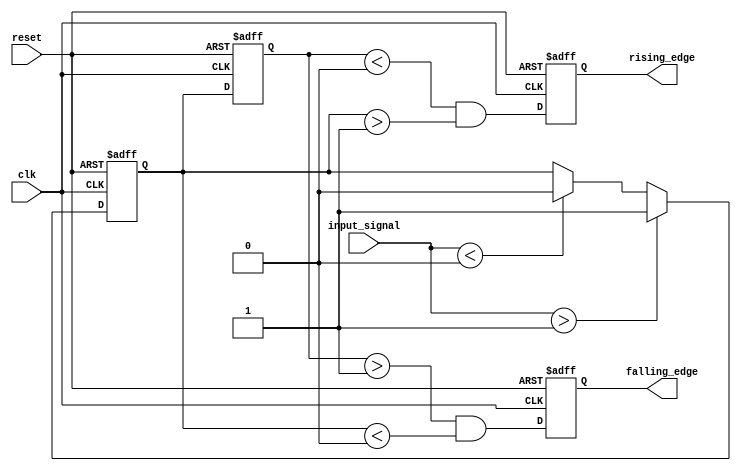
module schmitt_trigger_edge_detector (
    input wire clk,               // Clock signal
    input wire reset,             // Asynchronous reset
    input wire input_signal,      // Input signal to detect edges
    output reg rising_edge,       // Output signal for rising edge detection
    output reg falling_edge       // Output signal for falling edge detection
);

    // Schmitt Trigger thresholds
    parameter Vth_plus = 1'b1;    // Upper threshold (logic high)
    parameter Vth_minus = 1'b0;   // Lower threshold (logic low)

    // Internal signals
    reg previous_state;           // Store the previous state of the input signal
    reg schmitt_trigger_output;   // Output of the Schmitt Trigger

    // Schmitt Trigger logic
    always @(posedge clk or posedge reset) begin
        if (reset) begin
            schmitt_trigger_output <= 1'b0;
            previous_state <= 1'b0;
            rising_edge <= 1'b0;
            falling_edge <= 1'b0;
        end else begin
            // Update the Schmitt Trigger output based on the thresholds
            if (input_signal > Vth_plus) begin
                schmitt_trigger_output <= 1'b1; // Set output high
            end else if (input_signal < Vth_minus) begin
                schmitt_trigger_output <= 1'b0; // Set output low
            end
            
            // Edge detection logic
            rising_edge <= (previous_state < Vth_minus) && (schmitt_trigger_output > Vth_plus);
            falling_edge <= (previous_state > Vth_plus) && (schmitt_trigger_output < Vth_minus);
            
            // Update the previous state
            previous_state <= schmitt_trigger_output;
        end
    end

endmodule